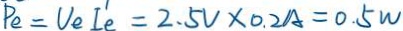
P e = V _ { e } I ^ { 1 } e = 2 . 5 V \times 0 . 2 A = 0 . 5 W